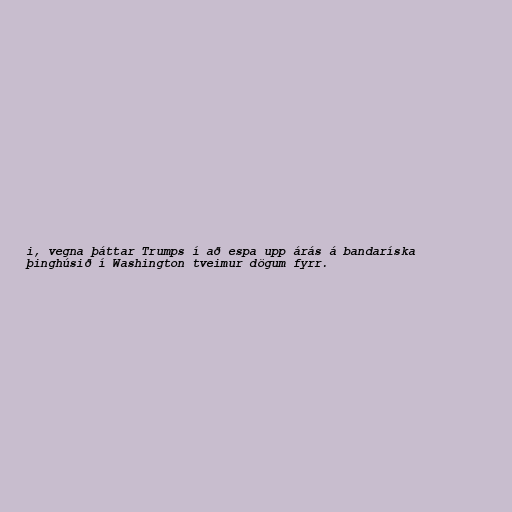
i, vegna þáttar Trumps í að espa upp árás á bandaríska
þinghúsið í Washington tveimur dögum fyrr.